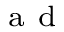
_ { \mathrm { ~ a ~ d ~ } }